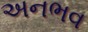
અનભવ